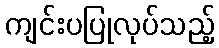
ကျင်းပပြုလုပ်သည့်